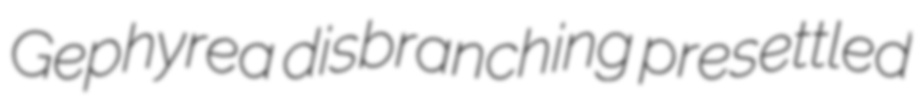
Gephyrea disbranching presettled